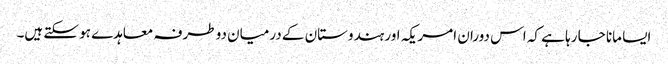
ایسا مانا جا رہا ہے کہ اس دوران امریکہ اور ہندوستان کے درمیان دو طرفہ معاہدے ہو سکتے ہیں۔